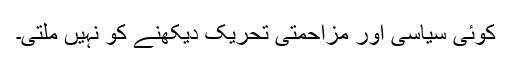
کوئی سیاسی اور مزاحمتی تحریک دیکھنے کو نہیں ملتی۔